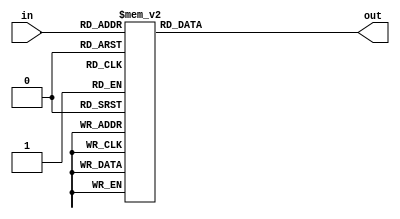
`timescale 1ns / 1ps
//////////////////////////////////////////////////////////////////////////////////
// Company: 
// Engineer: 
// 
// Design Name: 
// Module Name: seven_seg_display_encoder
// Project Name: 
// Target Devices: 
// Tool Versions: 
// Description: 
// 
// Dependencies: 
// 
// Revision:
// Revision 0.01 - File Created
// Additional Comments:
// 
//////////////////////////////////////////////////////////////////////////////////


module seven_seg_display_encoder(
    input      [3:0] in,
    output reg [6:0] out
    );

    // Case statements cause timing violations.
    always @ (in)
    begin
        case (in)
            4'h0 :    out <= 7'h3F;
            4'h1 :    out <= 7'h06;
            4'h2 :    out <= 7'h5B;
            4'h3 :    out <= 7'h4F;
            4'h4 :    out <= 7'h66;
            4'h5 :    out <= 7'h6D;
            4'h6 :    out <= 7'h7D;
            4'h7 :    out <= 7'h07;
            4'h8 :    out <= 7'h7F;
            4'h9 :    out <= 7'h6F;
            4'ha :    out <= 7'h77;
            4'hb :    out <= 7'h7C;
            4'hc :    out <= 7'h39;
            4'hd :    out <= 7'h5E;
            4'he :    out <= 7'h79;
            4'hf :    out <= 7'h71;
            default : out <= 7'h00;
        endcase
    end
endmodule